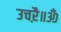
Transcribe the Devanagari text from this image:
उचऱै॥ॐ